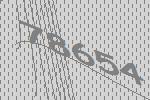
78654